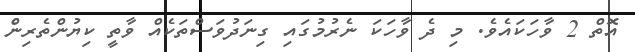
އޮތް 2 ވާހަކައެވެ. މި ދެ ވާހަކަ ނެރުމުގައި ގިނަދުވަސްތަކެއް ވާތީ ކިޔުންތެރިންެ